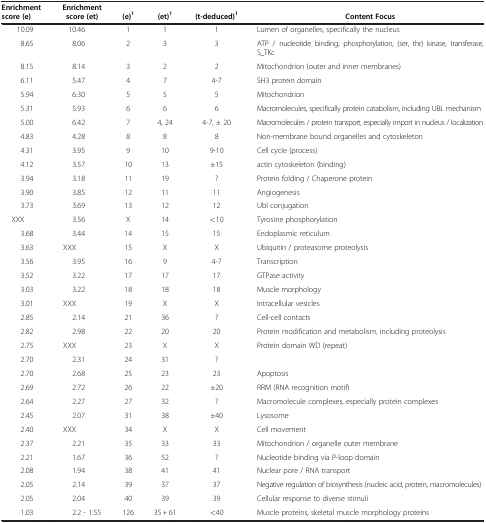
<table><thead><tr><td><b>Enrichment score (e)</b></td><td><b>Enrichment score (et)</b></td><td><b>(e)<sup>1</sup></b></td><td><b>(et)<sup>1</sup></b></td><td><b>(t-deduced)<sup>1</sup></b></td><td><b>Content Focus</b></td></tr></thead><tbody><tr><td>10.09</td><td>10.46</td><td>1</td><td>1</td><td>1</td><td>Lumen of organelles, specifically the nucleus</td></tr><tr><td>8.65</td><td>8.06</td><td>2</td><td>3</td><td>3</td><td>ATP / nucleotide binding; phosphorylation, (ser, thr) kinase, transferase, S_TKc</td></tr><tr><td>8.15</td><td>8.14</td><td>3</td><td>2</td><td>2</td><td>Mitochondrion (outer and inner membranes)</td></tr><tr><td>6.11</td><td>5.47</td><td>4</td><td>7</td><td>4-7</td><td>SH3 protein domain</td></tr><tr><td>5.94</td><td>6.30</td><td>5</td><td>5</td><td>5</td><td>Mitochondrion</td></tr><tr><td>5.31</td><td>5.93</td><td>6</td><td>6</td><td>6</td><td>Macromolecules, specifically protein catabolism, including UBL mechanism</td></tr><tr><td>5.00</td><td>6.42</td><td>7</td><td>4, 24</td><td>4-7, ± 20</td><td>Macromolecules / protein transport, especially import in nucleus / localization</td></tr><tr><td>4.83</td><td>4.28</td><td>8</td><td>8</td><td>8</td><td>Non-membrane bound organelles and cytoskeleton</td></tr><tr><td>4.31</td><td>3.95</td><td>9</td><td>10</td><td>9-10</td><td>Cell cycle (process)</td></tr><tr><td>4.12</td><td>3.57</td><td>10</td><td>13</td><td>±15</td><td>actin cytoskeleton (binding)</td></tr><tr><td>3.94</td><td>3.18</td><td>11</td><td>19</td><td>?</td><td>Protein folding / Chaperone protein</td></tr><tr><td>3.90</td><td>3.85</td><td>12</td><td>11</td><td>11</td><td>Angiogenesis</td></tr><tr><td>3.73</td><td>3.69</td><td>13</td><td>12</td><td>12</td><td>Ubl conjugation</td></tr><tr><td>XXX</td><td>3.56</td><td>X</td><td>14</td><td>&lt;10</td><td>Tyrosine phosphorylation</td></tr><tr><td>3.68</td><td>3.44</td><td>14</td><td>15</td><td>15</td><td>Endoplasmic reticulum</td></tr><tr><td>3.63</td><td>XXX</td><td>15</td><td>X</td><td>X</td><td>Ubiquitin / proteasome proteolysis</td></tr><tr><td>3.56</td><td>3.95</td><td>16</td><td>9</td><td>4-7</td><td>Transcription</td></tr><tr><td>3.52</td><td>3.22</td><td>17</td><td>17</td><td>17</td><td>GTPase activity</td></tr><tr><td>3.03</td><td>3.22</td><td>18</td><td>18</td><td>18</td><td>Muscle morphology</td></tr><tr><td>3.01</td><td>XXX</td><td>19</td><td>X</td><td>X</td><td>Intracellular vesicles</td></tr><tr><td>2.85</td><td>2.14</td><td>21</td><td>36</td><td>?</td><td>Cell-cell contacts</td></tr><tr><td>2.82</td><td>2.98</td><td>22</td><td>20</td><td>20</td><td>Protein modification and metabolism, including proteolysis</td></tr><tr><td>2.75</td><td>XXX</td><td>23</td><td>X</td><td>X</td><td>Protein domain WD (repeat)</td></tr><tr><td>2.70</td><td>2.31</td><td>24</td><td>31</td><td>?</td><td> </td></tr><tr><td>2.70</td><td>2.68</td><td>25</td><td>23</td><td>23</td><td>Apoptosis</td></tr><tr><td>2.69</td><td>2.72</td><td>26</td><td>22</td><td>±20</td><td>RRM (RNA recognition motif)</td></tr><tr><td>2.64</td><td>2.27</td><td>27</td><td>32</td><td>?</td><td>Macromolecule complexes, especially protein complexes</td></tr><tr><td>2.45</td><td>2.07</td><td>31</td><td>38</td><td>±40</td><td>Lysosome</td></tr><tr><td>2.40</td><td>XXX</td><td>34</td><td>X</td><td>X</td><td>Cell movement</td></tr><tr><td>2.37</td><td>2.21</td><td>35</td><td>33</td><td>33</td><td>Mitochondrion / organelle outer membrane</td></tr><tr><td>2.21</td><td>1.67</td><td>36</td><td>52</td><td>?</td><td>Nucleotide binding via P-loop domain</td></tr><tr><td>2.08</td><td>1.94</td><td>38</td><td>41</td><td>41</td><td>Nuclear pore / RNA transport</td></tr><tr><td>2.05</td><td>2.14</td><td>39</td><td>37</td><td>37</td><td>Negative regulation of biosynthesis (nucleic acid, protein, macromolecules)</td></tr><tr><td>2.05</td><td>2.04</td><td>40</td><td>39</td><td>39</td><td>Cellular response to diverse stimuli</td></tr><tr><td>1.03</td><td>2.2 - 1.55</td><td>126</td><td>35 + 61</td><td>&lt;40</td><td>Muscle proteins, skeletal muscle morphology proteins</td></tr></tbody></table>